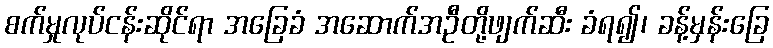
စက်မှုလုပ်ငန်းဆိုင်ရာ အခြေခံ အဆောက်အဦတို့ဖျက်ဆီး ခံရ၍၊ ခန့်မှန်းခြေ